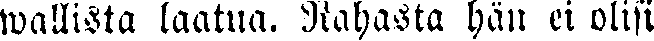
wallista laatua. Rahasta hän ei olisi